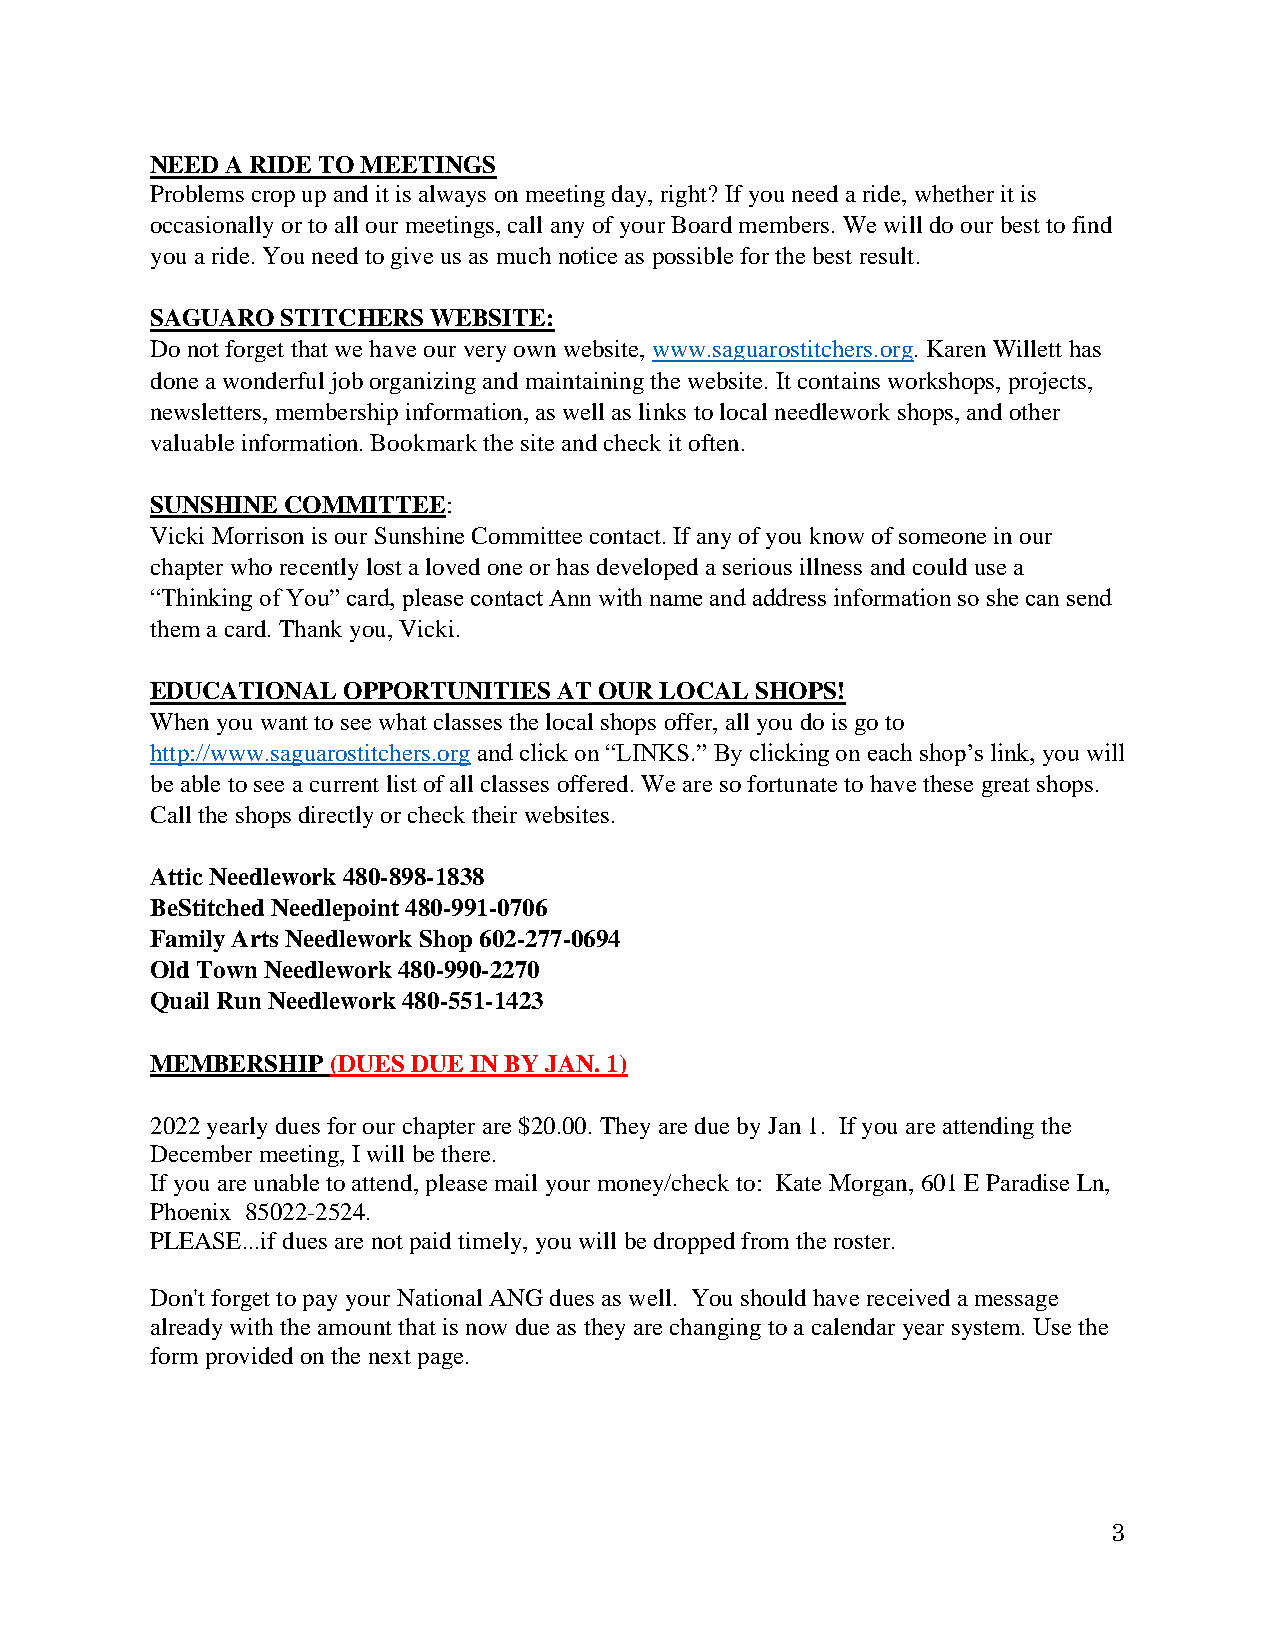
NEED A RIDE TO MEETINGS
 Problems crop up and it is always on meeting day, right? If you need a ride, whether it is
 occasionally or to all our meetings, call any of your Board members. We will do our best to find
 you a ride. You need to give us as much notice as possible for the best result.
 SAGUARO  STITCHERS WEBSITE:
 Do not forget that we have our very own website, www.saguarostitchers.org. Karen Willett has
 done a wonderful job organizing and maintaining the website. It contains workshops, projects,
 newsletters, membership information, as well as links to local needlework shops, and other
 valuable information. Bookmark the site and check it often.
 SUNSHINE COMMITTEE:
 Vicki Morrison is our Sunshine Committee contact. If any of you know of someone in our
 chapter who recently lost a loved one or has developed a serious illness and could use a
 “Thinking of You” card, please contact Ann with name and address information so she can send
 them a card. Thank you, Vicki.
 EDUCATIONAL  OPPORTUNITIES AT OUR LOCAL SHOPS!
 When you want to see what classes the local shops offer, all you do is go to
 http://www.saguarostitchers.org and click on “LINKS.” By clicking on each shop’s link, you will
 be able to see a current list of all classes offered. We are so fortunate to have these great shops.
 Call the shops directly or check their websites.
 Attic Needlework 480-898-1838
 BeStitched Needlepoint 480-991-0706
 Family Arts Needlework Shop 602-277-0694
 Old Town Needlework 480-990-2270
 Quail Run Needlework 480-551-1423
 MEMBERSHIP  (DUES DUE IN BY JAN. 1)
 2022 yearly dues for our chapter are $20.00. They are due by Jan 1. If you are attending the
 December meeting, I will be there.
 If you are unable to attend, please mail your money/check to: Kate Morgan, 601 E Paradise Ln,
 Phoenix 85022-2524.
 PLEASE...if dues are not paid timely, you will be dropped from the roster.
 Don't forget to pay your National ANG dues as well. You should have received a message
 already with the amount that is now due as they are changing to a calendar year system. Use the
 form provided on the next page.
 3